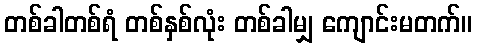
တစ်ခါတစ်ရံ တစ်နှစ်လုံး တစ်ခါမျှ ကျောင်းမတက်။